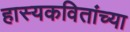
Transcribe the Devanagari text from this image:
हास्यकवितांच्या